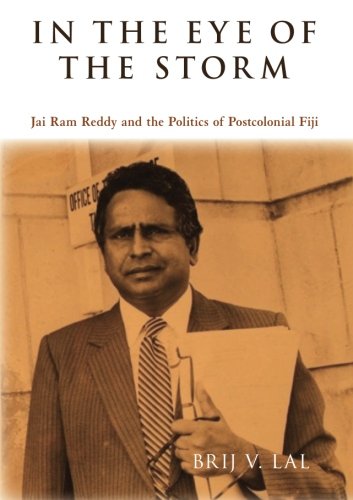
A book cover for In the Eye of the Storm: Jai Ram Reddy and the Politics of Postcolonial Fiji; Brij V Lal; History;